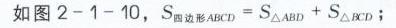
如图2 - 1 - 10，$S_{四边形ABCD}=S_{\triangle ABD}+S_{\triangle BCD}$；